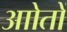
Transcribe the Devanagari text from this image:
आोतों